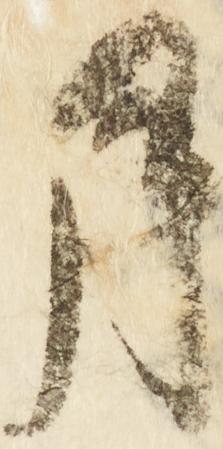
月